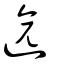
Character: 遃